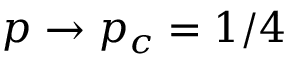
p \to p _ { c } = 1 / 4